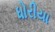
ધોરીયા